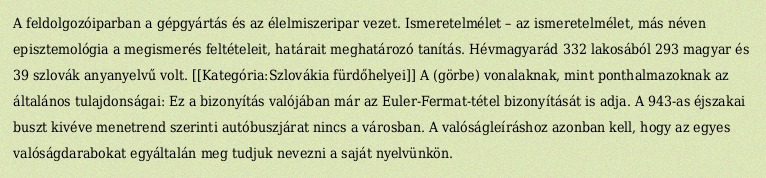
A feldolgozóiparban a gépgyártás és az élelmiszeripar vezet. Ismeretelmélet – az ismeretelmélet, más néven episztemológia a megismerés feltételeit, határait meghatározó tanítás. Hévmagyarád 332 lakosából 293 magyar és 39 szlovák anyanyelvű volt. [[Kategória:Szlovákia fürdőhelyei]] A (görbe) vonalaknak, mint ponthalmazoknak az általános tulajdonságai: Ez a bizonyítás valójában már az Euler-Fermat-tétel bizonyítását is adja. A 943-as éjszakai buszt kivéve menetrend szerinti autóbuszjárat nincs a városban. A valóságleíráshoz azonban kell, hogy az egyes valóságdarabokat egyáltalán meg tudjuk nevezni a saját nyelvünkön.